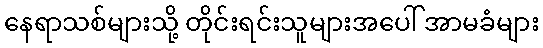
နေရာသစ်များသို့ တိုင်းရင်းသူများအပေါ် အာမခံများ